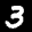
Label: 3